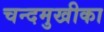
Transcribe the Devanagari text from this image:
चन्दमुखीका